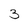
Character: 3